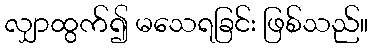
လျှာထွက်၍ မသေရခြင်း ဖြစ်သည်။